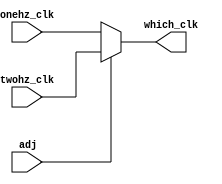
`timescale 1ns / 1ps
//////////////////////////////////////////////////////////////////////////////////
// Company: 
// Engineer: 
// 
// Design Name: 
// Module Name:    sel_adj
// Project Name: 
// Target Devices: 
// Tool versions: 
// Description: 
//
// Dependencies: 
//
// Revision: 
// Revision 0.01 - File Created
// Additional Comments: 
//
//////////////////////////////////////////////////////////////////////////////////
module sel_adj(
	//Input
	adj, onehz_clk, twohz_clk,
	//Ouput
	which_clk
    );

	input adj;
	input onehz_clk;
	input twohz_clk;
	output which_clk;

	reg which_clk_temp;
	
	always @ (*) begin
		// Adjust Mode
		if (adj) begin
			which_clk_temp = twohz_clk;
		end
		// Normal Mode
		else begin
			which_clk_temp = onehz_clk;
		end
	end

	assign which_clk = which_clk_temp;

endmodule